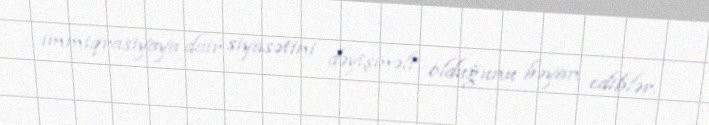
immiqrasiyaya dair siyasətini dəyişməli olduğunu bəyan ediblər.